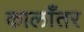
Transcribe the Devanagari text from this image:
कालाँतर